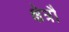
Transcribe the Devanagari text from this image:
क्षेत्रौ